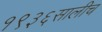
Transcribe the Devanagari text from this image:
१९३६सालीच